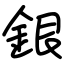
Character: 銀